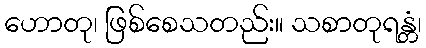
ဟောတု၊ ဖြစ်စေသတည်း။ သစာတုရန္တံ၊